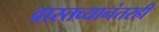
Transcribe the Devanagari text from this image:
वास्तव्यानंतरही